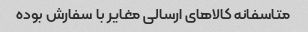
متاسفانه کالاهای ارسالی مغایر با سفارش بوده